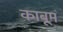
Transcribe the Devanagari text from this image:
काबूम